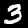
Label: 3